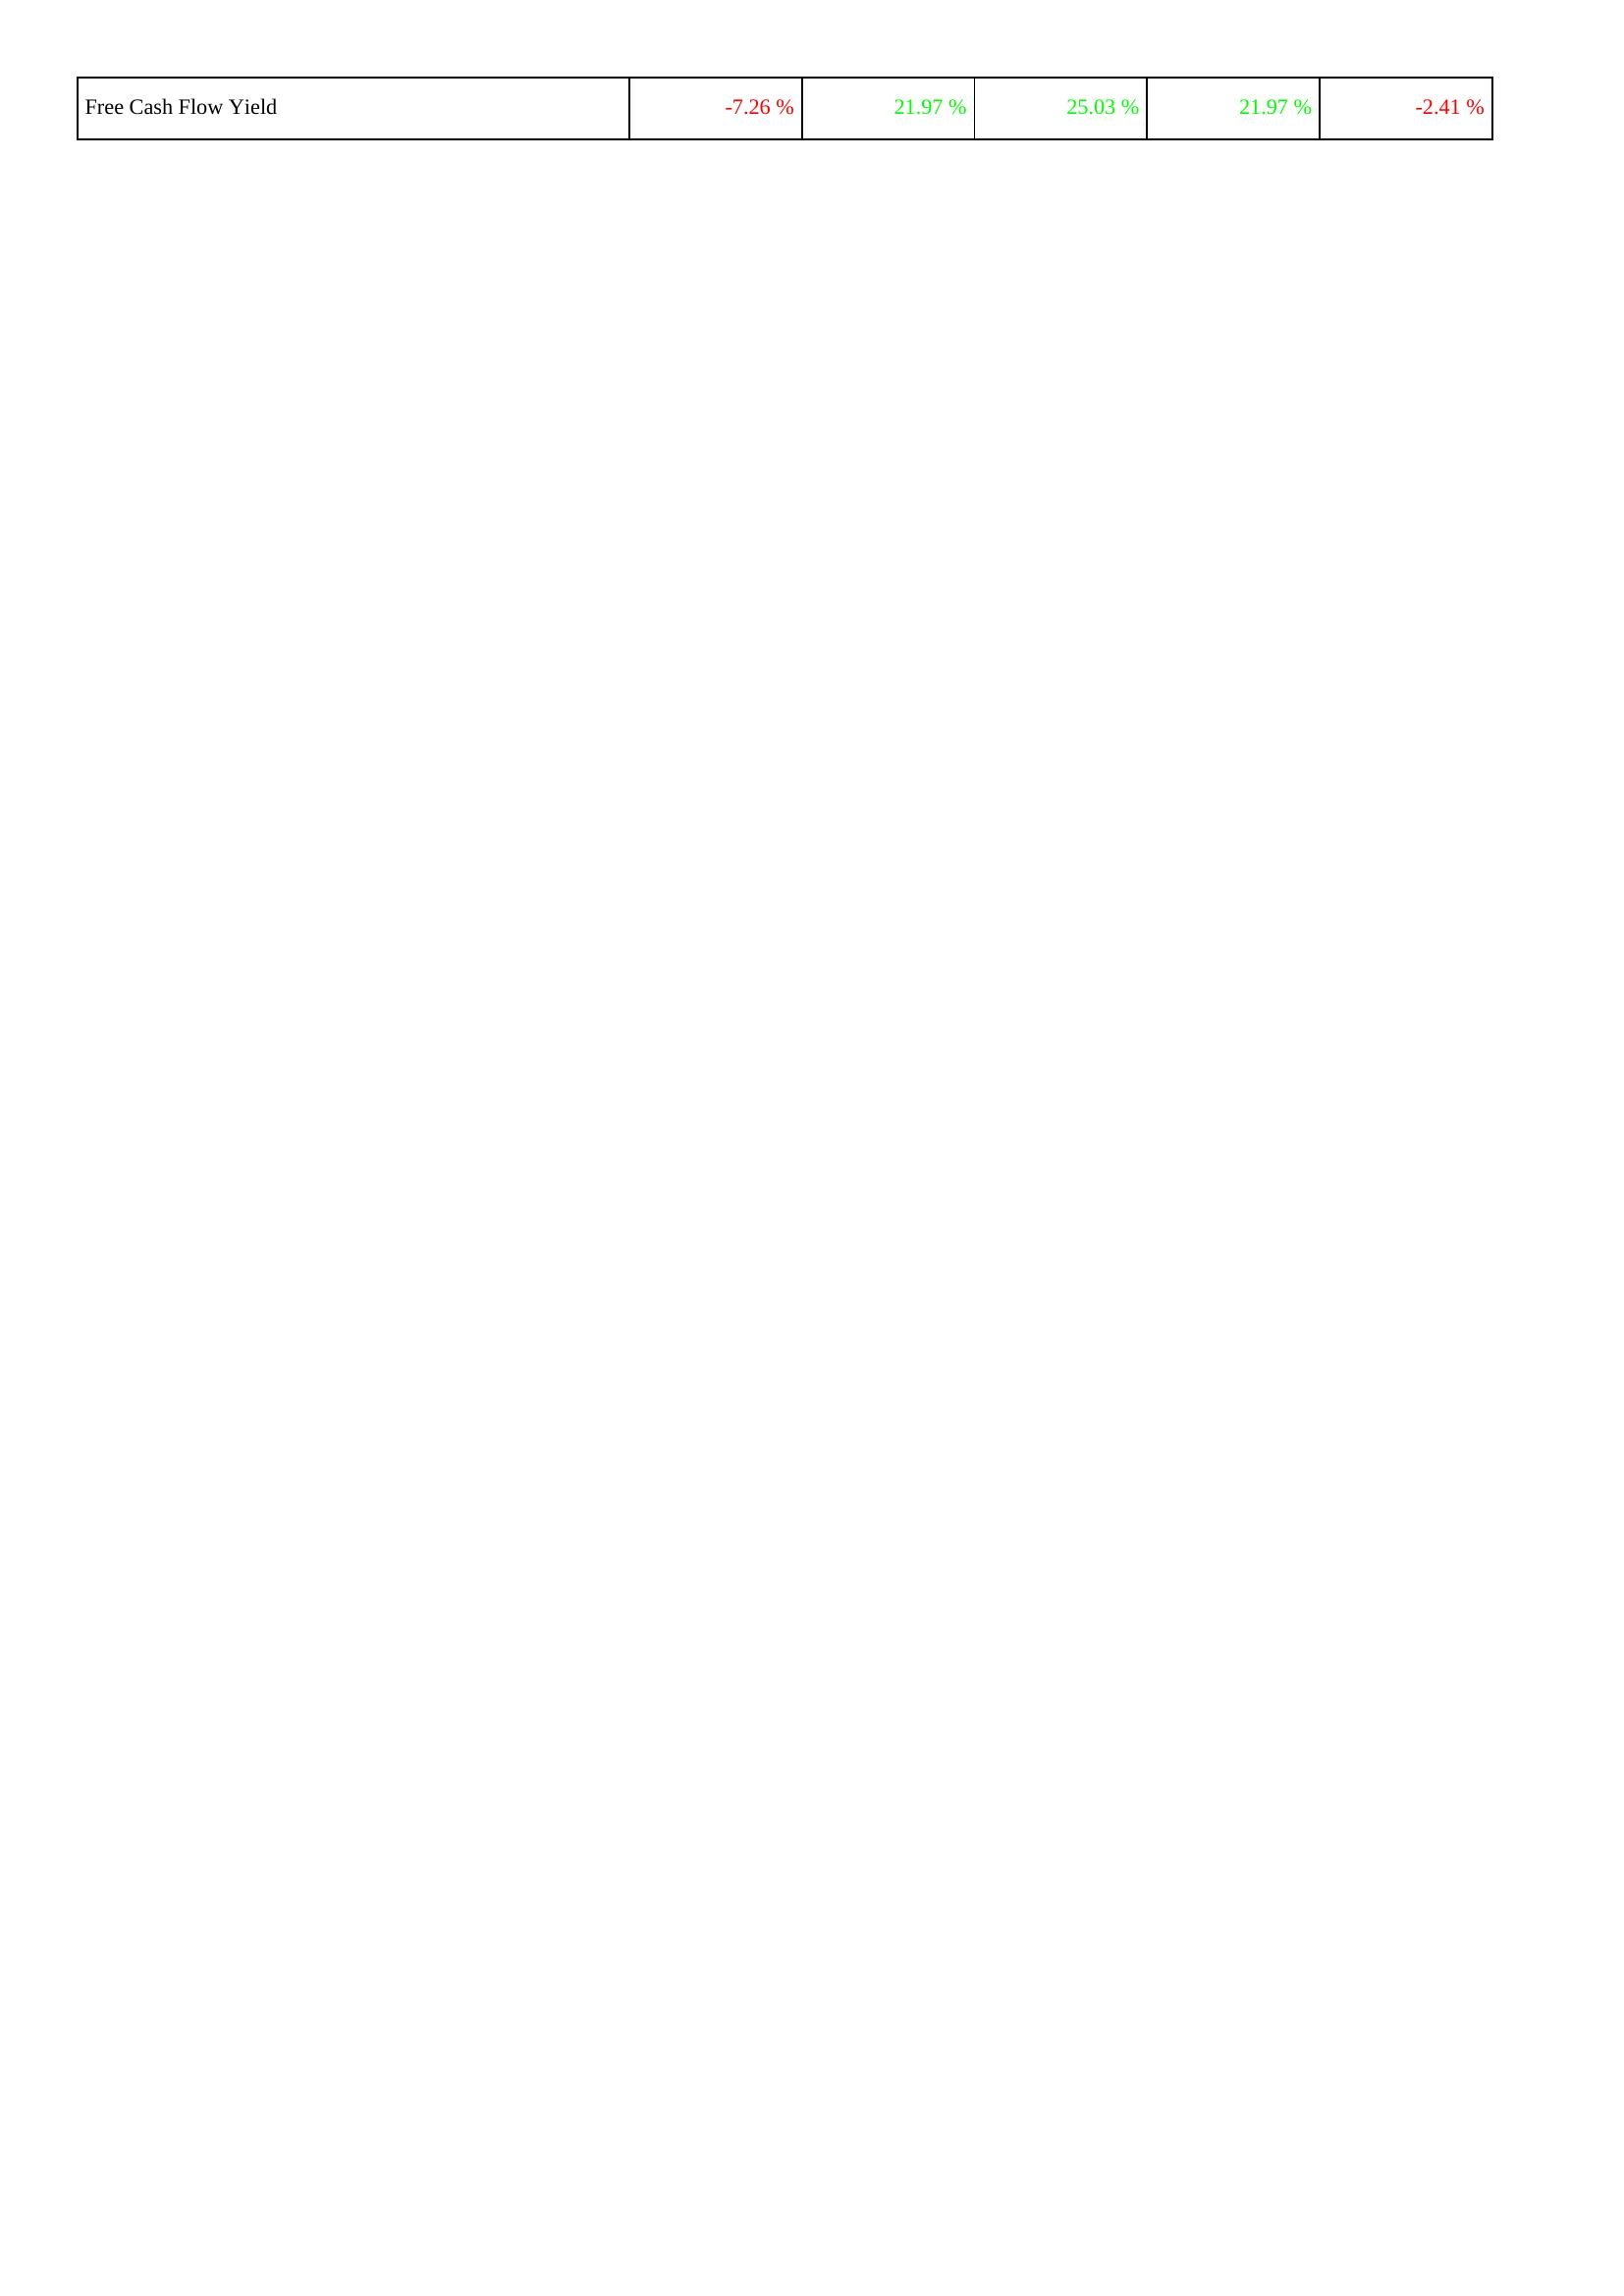
2025: Financing Activities: Free Cash Flow Yield: -7.26 %
2024: Financing Activities: Free Cash Flow Yield: 21.97 %
2023: Financing Activities: Free Cash Flow Yield: 25.03 %
2022: Financing Activities: Free Cash Flow Yield: 21.97 %
2021: Financing Activities: Free Cash Flow Yield: -2.41 %